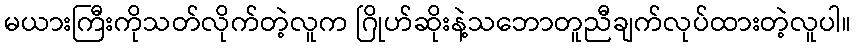
မယားကြီးကိုသတ်လိုက်တဲ့လူက ဂြိုဟ်ဆိုးနဲ့သဘောတူညီချက်လုပ်ထားတဲ့လူပါ။